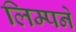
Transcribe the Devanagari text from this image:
लिम्पने